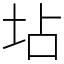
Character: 坫